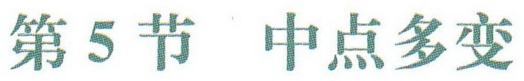
第5节 中点多变